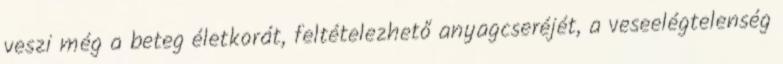
veszi még a beteg életkorát, feltételezhető anyagcseréjét, a veseelégtelenség